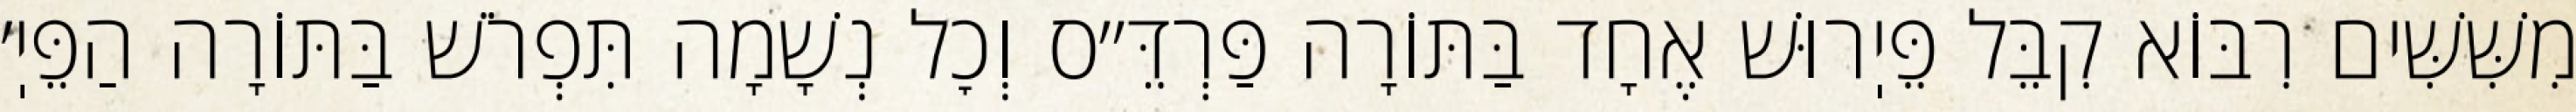
מִשִּׁשִּׁים רִבּוֹא קִבֵּל פֵּיֽרוּשׁ אֶחָד בַּתּוֹרָה פַּרְדֵּ״ס וְכׇל נְשָׁמָה תִּפְרֹשׁ בַּתּוֹרָה הַפֵּיֽ׳